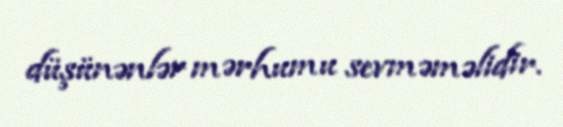
düşünənlər mərhumu sevməməlidir.